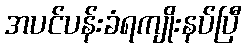
အပင်ပန်းခံရကျိုးနပ်ပြီ